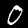
Label: 0